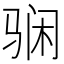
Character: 𱅘